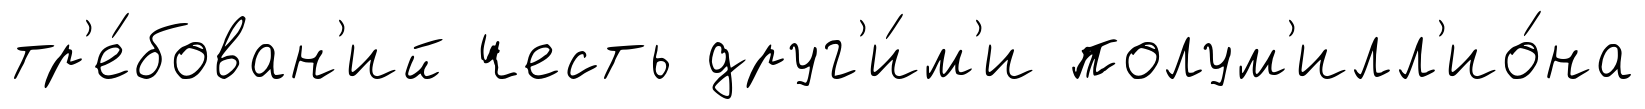
тр'е́бован'ий честь друг'и́м'и полум'илл'ио́на